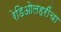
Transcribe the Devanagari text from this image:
रेडिओलहरींचा